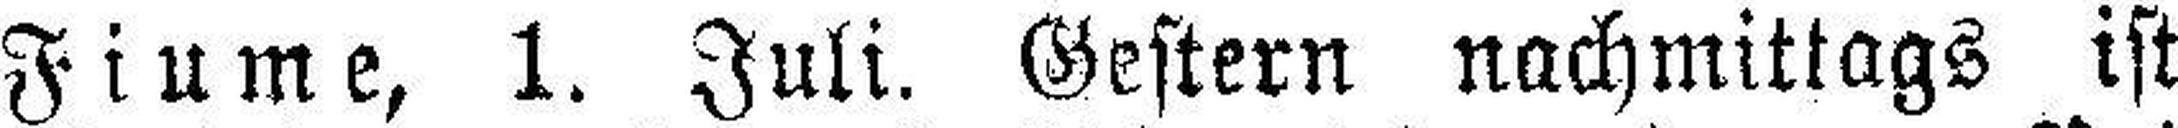
Fiume, 1. Juli. Gestern nachmittags ist